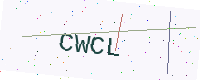
Text: CWCL